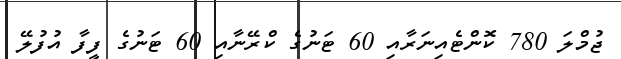
ޖުމްލަ 780 ކޮންޓެއިނަރާއި 60 ޓަނުގެ ކްރޭނާއި 60 ޓަނުގެ ފީފާ އުފުލޭ